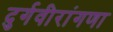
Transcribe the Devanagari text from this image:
दुर्गवीरांगणा